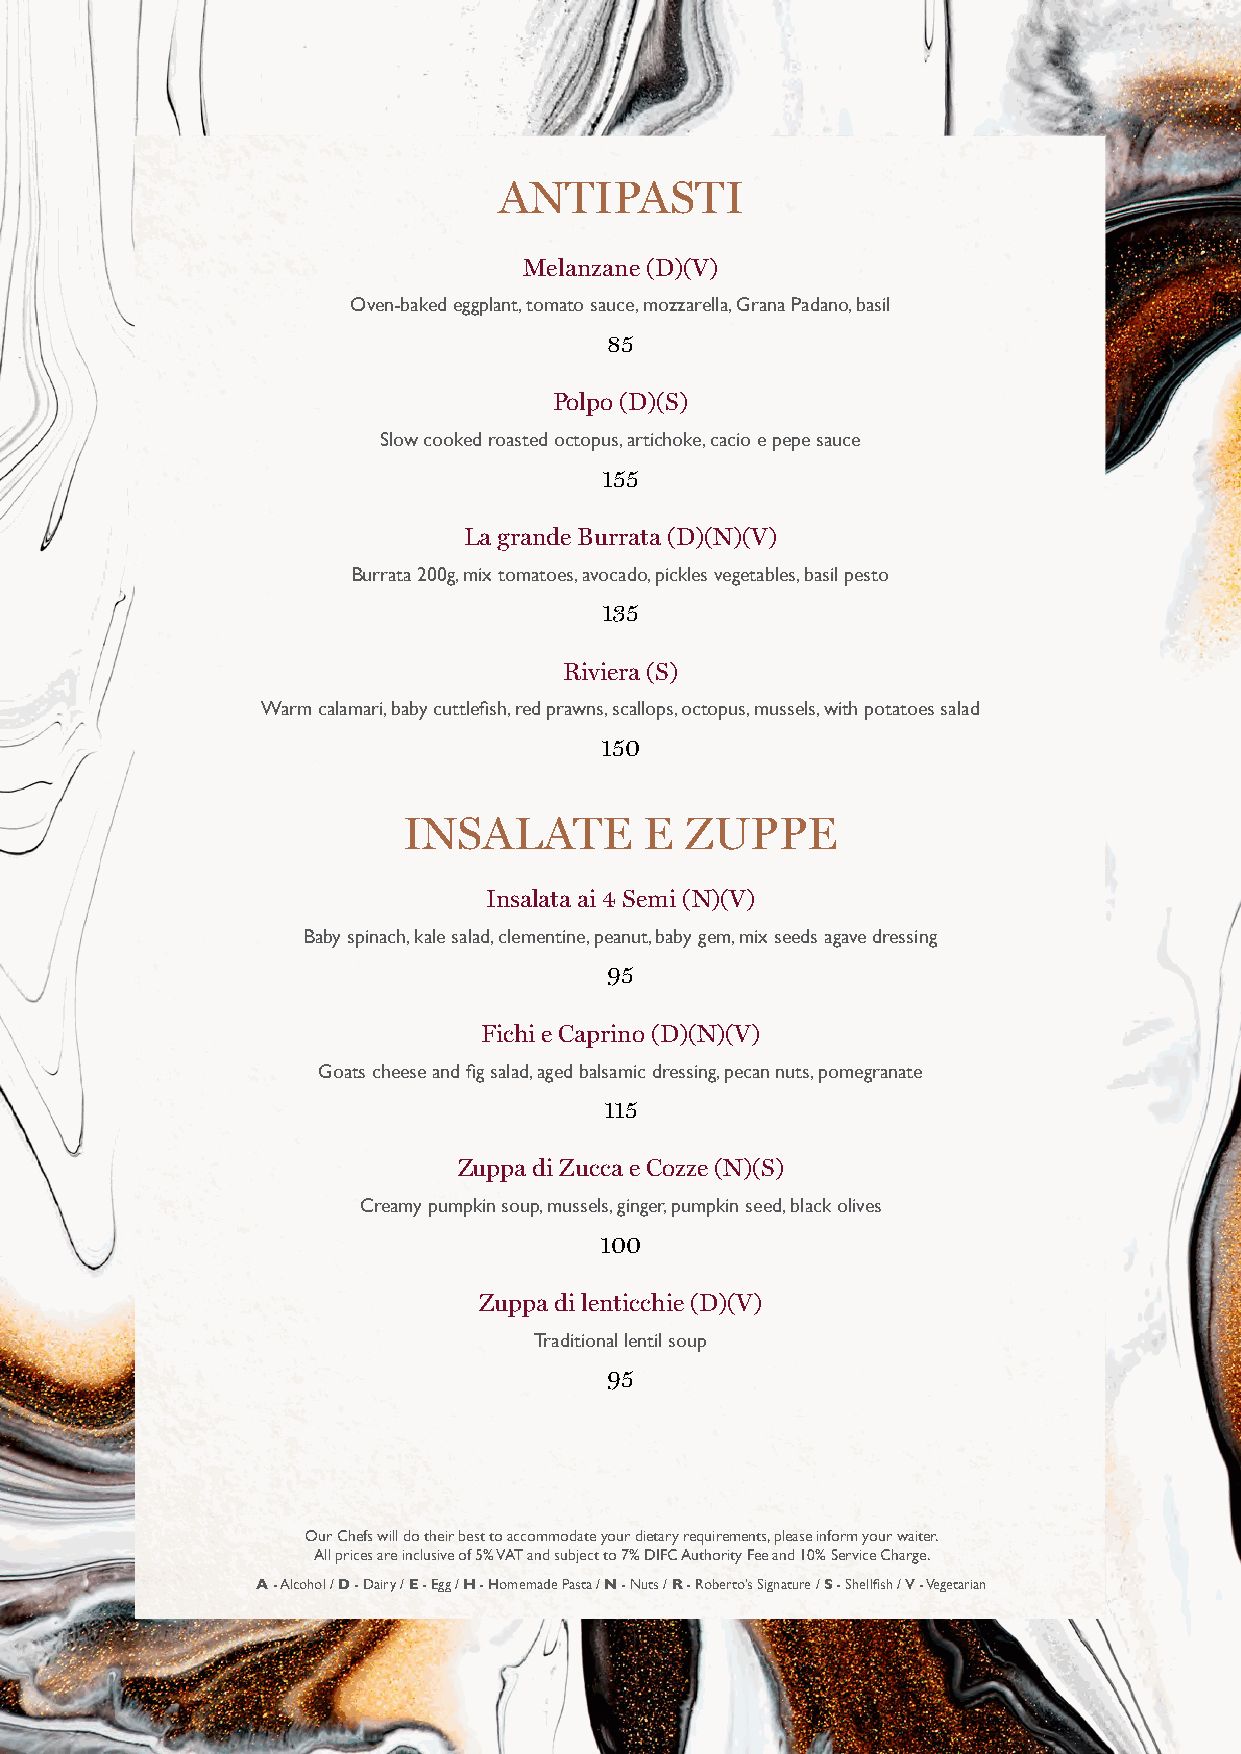
ANTIPASTI
 Melanzane (D)(V)
 Oven-baked eggplant, tomato sauce, mozzarella, Grana Padano, basil
 85
 Polpo (D)(S)
 Slow cooked roasted octopus, artichoke, cacio e pepe sauce
 155
 La grande Burrata (D)(N)(V)
 Burrata 200g, mix tomatoes, avocado, pickles vegetables, basil pesto
 135
 Riviera (S)
 Warm calamari, baby cuttlefish, red prawns, scallops, octopus, mussels, with potatoes salad
 150
 INSALATE        E ZUPPE
 Insalata ai 4 Semi (N)(V)
 Baby spinach, kale salad, clementine, peanut, baby gem, mix seeds agave dressing
 95
 Fichi e Caprino (D)(N)(V)
 Goats cheese and fig salad, aged balsamic dressing, pecan nuts, pomegranate
 115
 Zuppa di Zucca e Cozze (N)(S)
 Creamy pumpkin soup, mussels, ginger, pumpkin seed, black olives
 100
 Zuppa di lenticchie (D)(V)
 Traditional lentil soup
 95
 Our Chefs will do their best to accommodate your dietary requirements, please inform your waiter.
 All prices are inclusive of 5% VAT and subject to 7% DIFC Authority Fee and 10% Service Charge.
 A - Alcohol / D - Dairy / E - Egg / H - Homemade Pasta / N - Nuts / R - Roberto’s Signature / S - Shellfish / V - Vegetarian